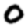
Digit: 0